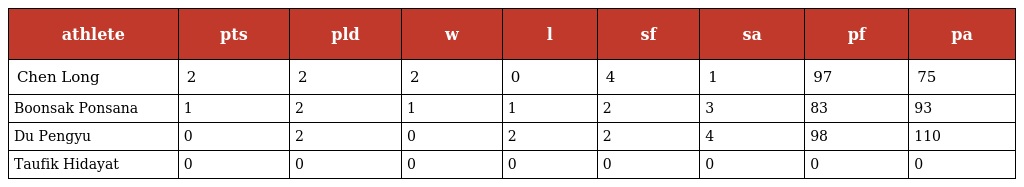
| athlete | pts | pld | w | l | sf | sa | pf | pa |
 | --- | --- | --- | --- | --- | --- | --- | --- | --- |
 | Chen Long | 2 | 2 | 2 | 0 | 4 | 1 | 97 | 75 |
 | Boonsak Ponsana | 1 | 2 | 1 | 1 | 2 | 3 | 83 | 93 |
 | Du Pengyu | 0 | 2 | 0 | 2 | 2 | 4 | 98 | 110 |
 | Taufik Hidayat | 0 | 0 | 0 | 0 | 0 | 0 | 0 | 0 |